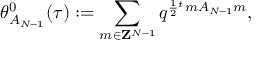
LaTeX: \theta _ { A _ { N - 1 } } ^ { 0 } ( \tau ) : = \sum _ { m \in { \bf Z } ^ { N - 1 } } q ^ { \frac { 1 } { 2 } { } ^ { t } m A _ { N - 1 } m } ,